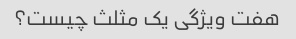
هفت ویژگی یک مثلث چیست؟